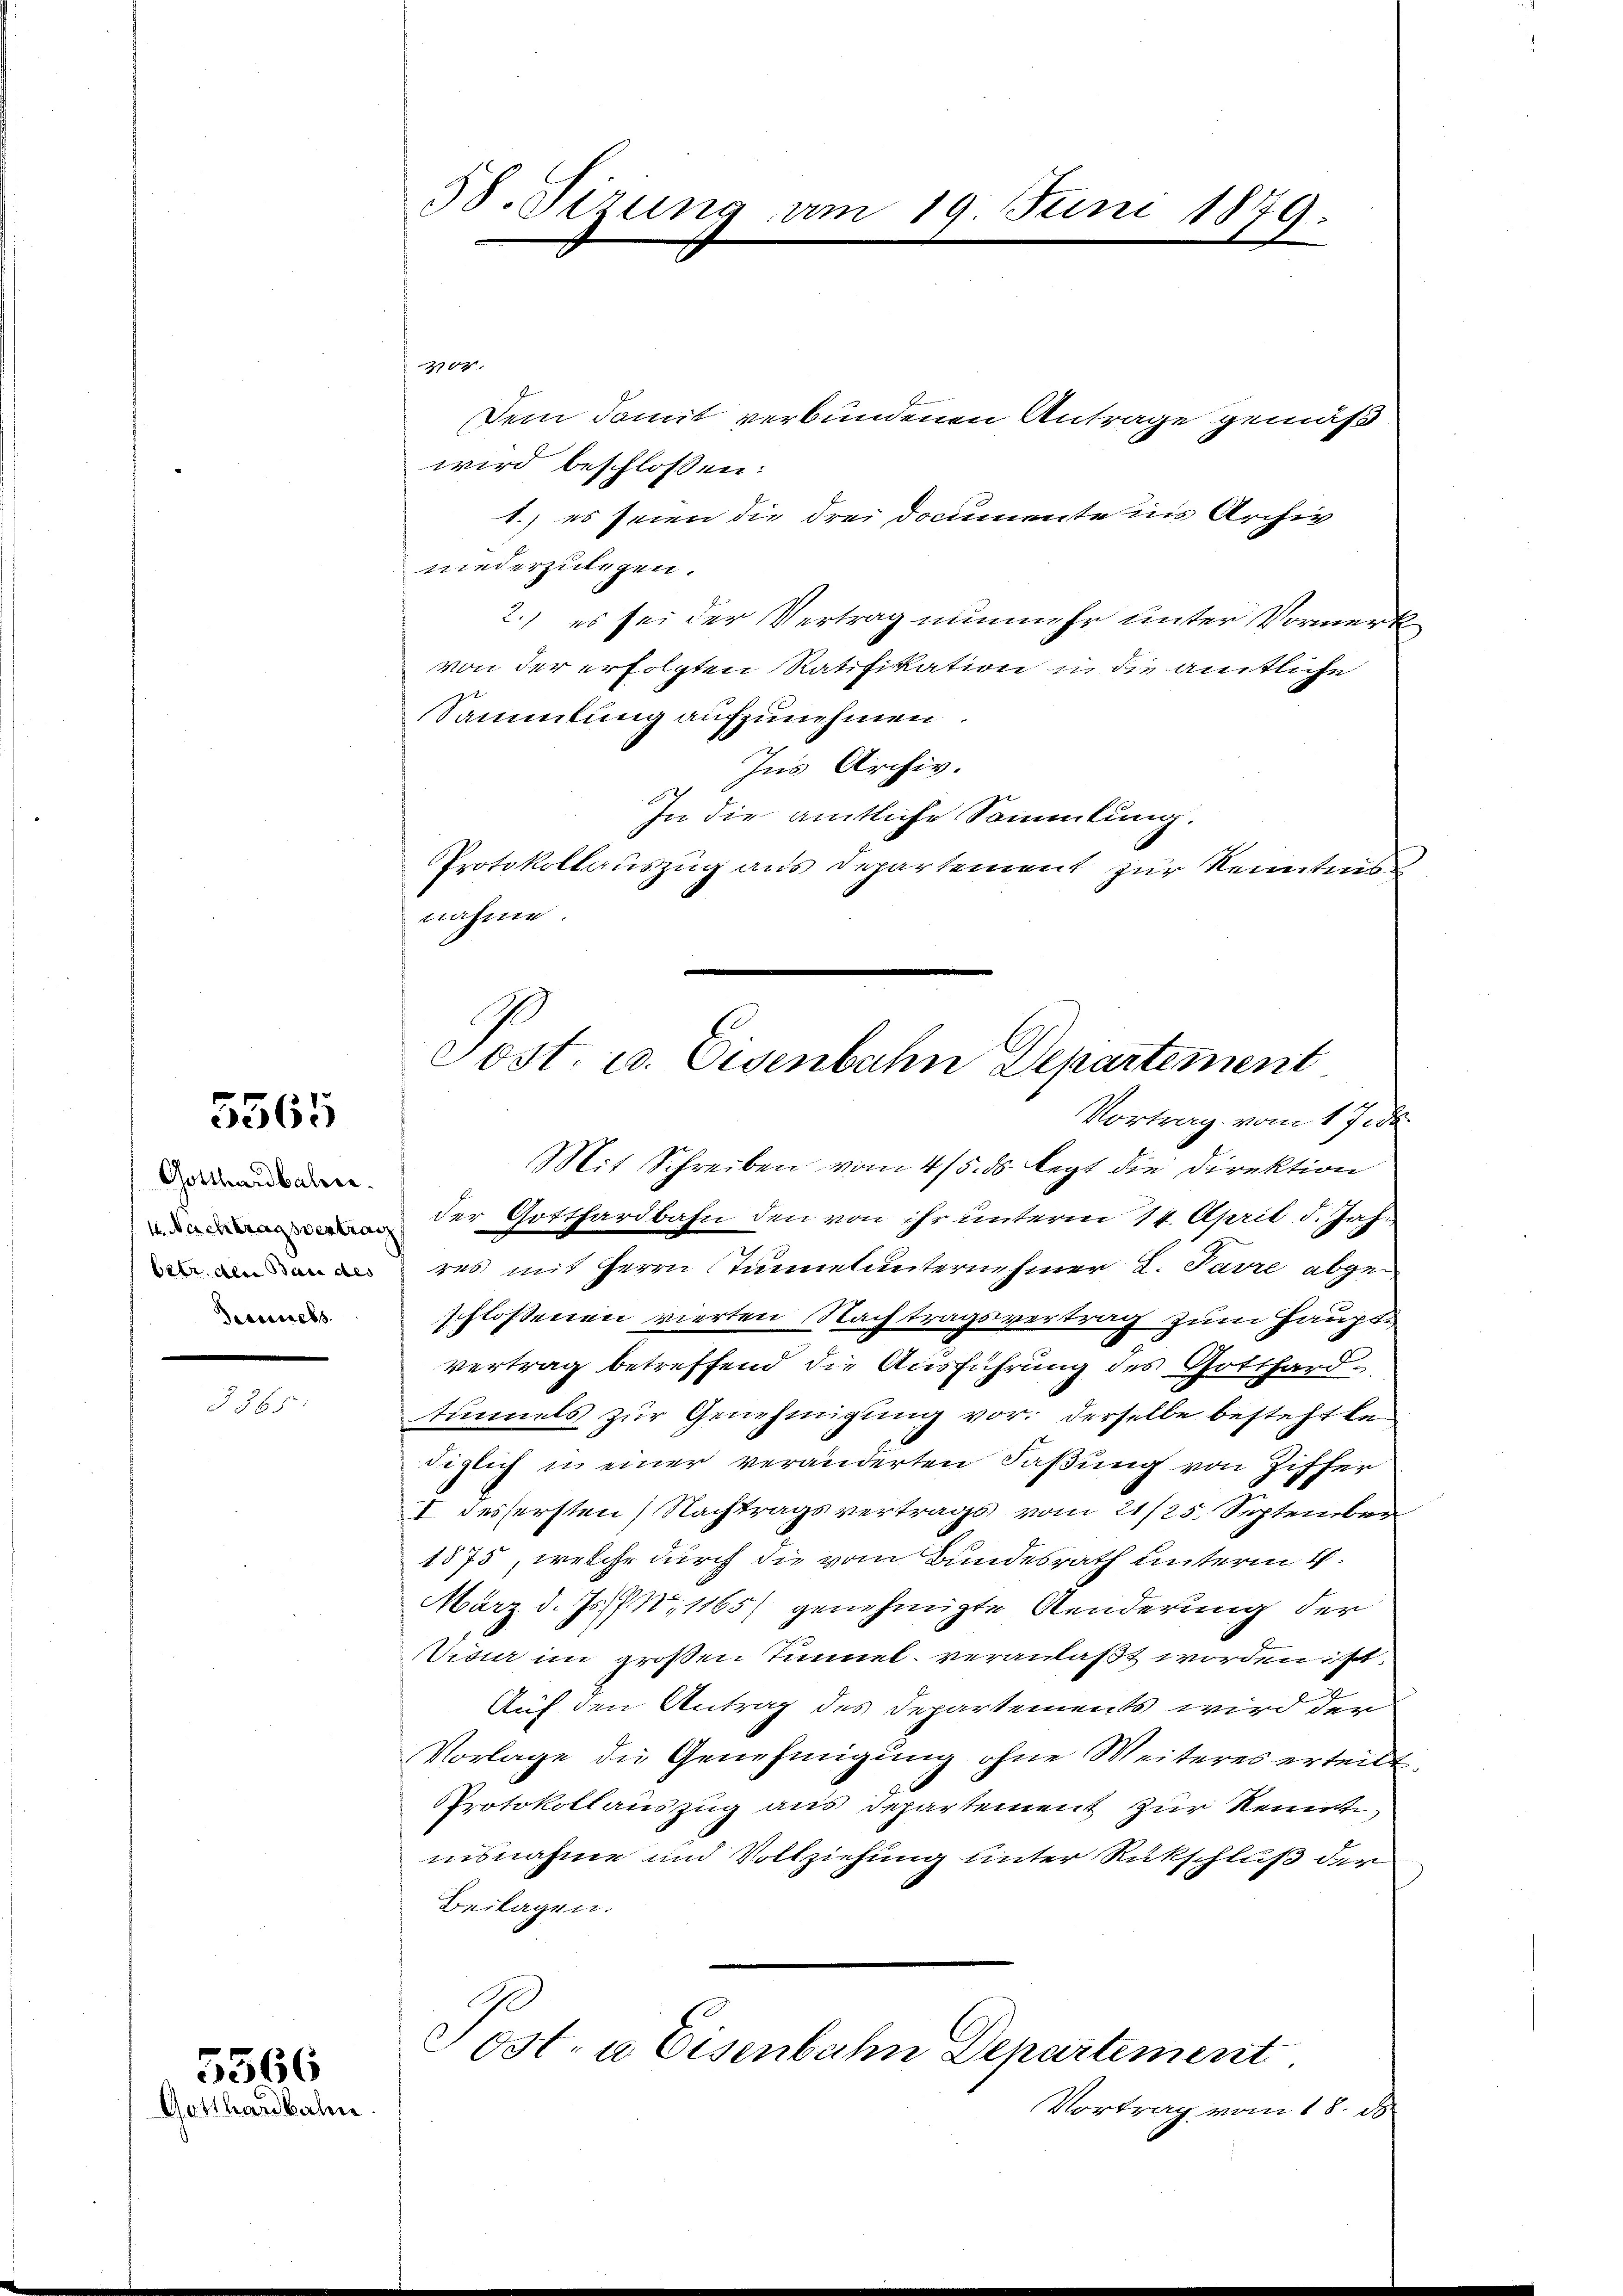
5565

Gotthardbahn.
Dessesses.

3865.

5566
Gotthardbahn

58. Sizung am

19. Juni 1879.

300.
wird beschlossen:
1.) es seien die drei Documentens Archiv
niederzulegen.
2.) es sei der Vertrag nunmehr unter Vormerk
von der erfolgten Ratifikation u. die amtliche
Sammlung aufzunehmen.
Ins Archiv.
67
In die amtliche Sammlung.
Protokollauszug aus Departement zur Kenntnis
nahme.
Mit Schreiben vom 4/5. ds legt die Direktion
der Gotthardbahn den von ihr unterm 14. April d. Jah-
res mit Herrn Stunnel unternehmer L. Parre abge-
schlossenen vierten Nachtragsvertrag zum Haupt¬
2
vertrag betreffend die Ausführung des Gotthardtimels zur Genehmigung vor. derselbe besteht le
diglich in einer veränderten Faßung von Ziffer
I. dessersten Nachtragsvertrags vom 21/25. September
1875, welche durch die vom Bundesrath unterm 4.
März d. Js. N. 1165) genehmigte Aenderung der
Visur im großen Tunnel veranlaßt worden ist.
Auf den Antrag des Departements wird der
Vorlage die Genehmigung ohne Weiteres erteilt.
Protokollauszug aus Departement zur Kennte
nisnahme und Vollziehung unter Rückschluß der
Beilagen.
Post- u Eisenbahn Departement.
Vortrag vom 18. ds.

Dein damit verbundenen Antrage gemäß,

.
Post. u. Eisenbahn Departement
Vortrag vom 17. d.